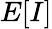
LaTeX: E[I]